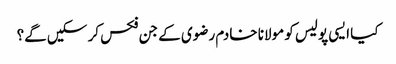
کیا ایسی پولیس کو مولانا خادم رضوی کے جن فکس کر سکیں گے؟